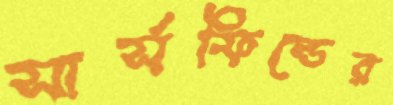
সার্সফিল্ডের